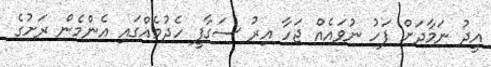
އީދު ނަމާދަށް ފަހު ނުވައެއް ޖަހާ އިރު ސަގާފީ ހެދުމެއްގައި އެންމެން ރަށުގެ